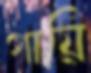
গায়ি